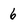
Character: 6